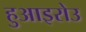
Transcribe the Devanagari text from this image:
हुआइरोउ